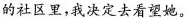
的社区里，我决定去看望她